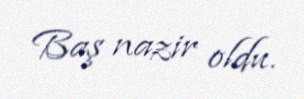
Baş nazir oldu.